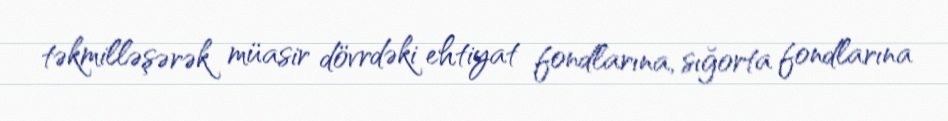
təkmilləşərək müasir dövrdəki ehtiyat fondlarına, sığorta fondlarına